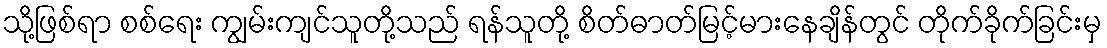
သို့ဖြစ်ရာ စစ်ရေး ကျွမ်းကျင်သူတို့သည် ရန်သူတို့ စိတ်ဓာတ်မြင့်မားနေချိန်တွင် တိုက်ခိုက်ခြင်းမှ